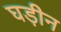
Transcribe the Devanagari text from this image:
घड़ीन